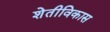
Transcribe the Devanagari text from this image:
शेतीविकास